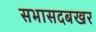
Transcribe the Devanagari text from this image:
सभासदबखर